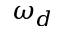
\omega _ { d }